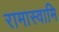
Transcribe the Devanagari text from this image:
रामास्वामि